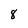
Character: 8